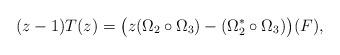
LaTeX: \begin{align*}(z-1) T(z) = \bigl( z (\Omega_2 \circ \Omega_3) - (\Omega^{*}_2 \circ \Omega_3)\bigr)(F), \end{align*}